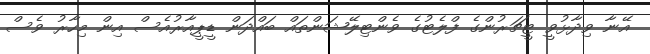
އޭނާ ވިދާޅުވީ ޓީޗަރުންގެ ފްލެޓުގެ ވެންޓިލޭޝަންތައް ބައްދަން ޑީޕީއާރުއެސް އިން މިހާރު ވެސް